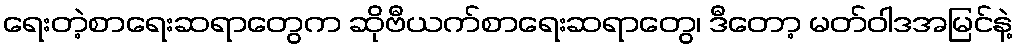
ရေးတဲ့စာရေးဆရာတွေက ဆိုဗီယက်စာရေးဆရာတွေ၊ ဒီတော့ မတ်ဝါဒအမြင်နဲ့